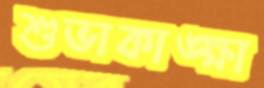
শুভাকাঙ্ক্ষা